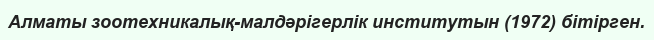
Алматы зоотехникалық-малдәрігерлік институтын (1972) бітірген.